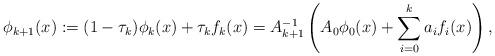
LaTeX: \begin{align*}\phi_{k+1}(x) := (1 - \tau_k) \phi_k(x) + \tau_k f_k(x) = A_{k+1}^{-1} \left(A_0\phi_0(x) + \sum_{i=0}^k a_i f_i(x)\right),\end{align*}